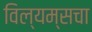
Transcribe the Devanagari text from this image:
विल्यम्सचा